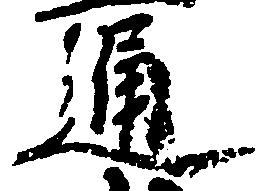
通